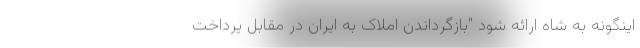
اینگونه به شاه ارائه شود "بازگرداندن املاک به ایران در مقابل پرداخت